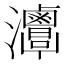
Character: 𤅦